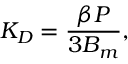
K _ { D } = \frac { \beta P } { 3 B _ { m } } ,